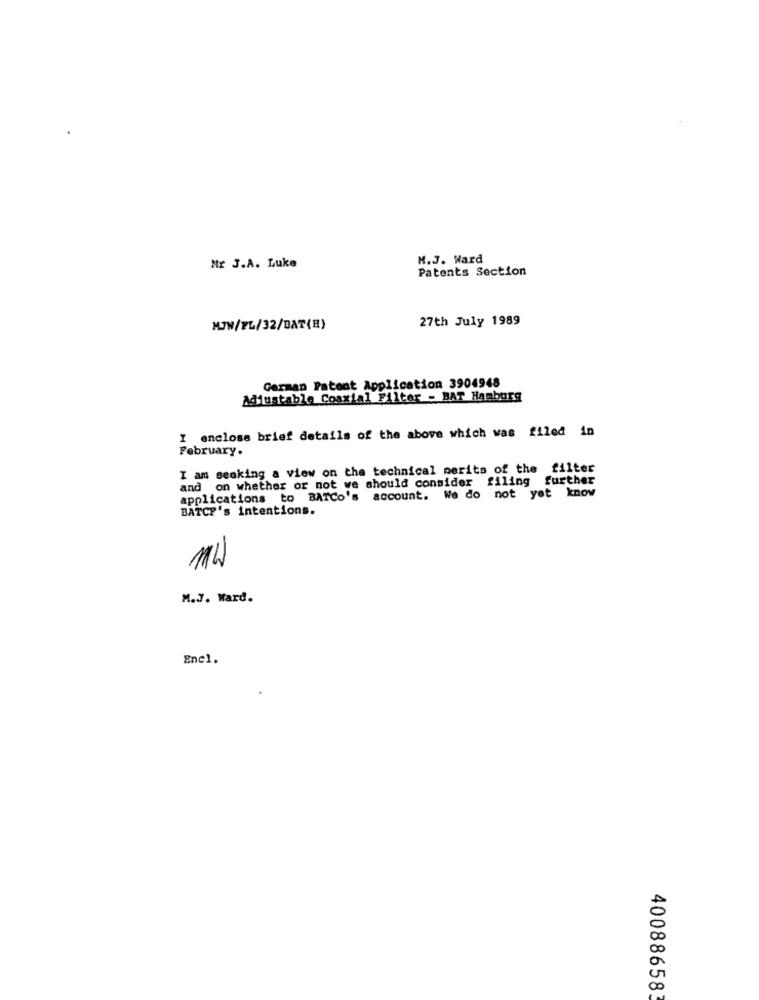
M.J. Ward
Mr J.A. Luke
Patents Section
27th July 1989
MJW/FL/32/BAT(H)
German Patent Application 3904948
Adjustable Coaxial Filter - BAT Hamburg
I enclose brief details of the above which was filed in
February.
I am seeking a view on the technical merits of the filter
and on whether or not we should consider filing further
applications to BATCO's account. We do not yet know
BATCH's intentions.
11W
M.J. Ward.
Encl.
400886583